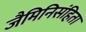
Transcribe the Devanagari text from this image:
जैमिनिसंहिता